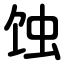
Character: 蚀